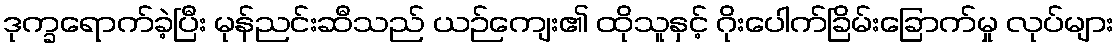
ဒုက္ခရောက်ခဲ့ပြီး မုန်ညင်းဆီသည် ယဉ်ကျေး၏ ထိုသူနှင့် ဂိုးပေါက်ခြိမ်းခြောက်မှု လုပ်များ